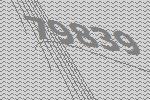
79839